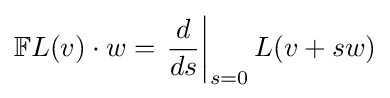
\mathbb {F} L(v)\cdot w=\left.{\frac {d}{ds}}\right|_{s=0}L(v+sw)